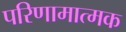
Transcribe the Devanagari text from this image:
परिणामात्‍मक